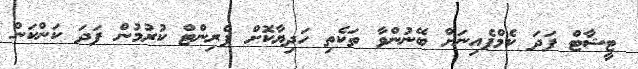
ޓީޝާޓް ފަދަ ކެމްޕެއިނަށް ބޭނުންވާ ތަކެތި ހަދިޔާކޮށް ޕްރިންޓް ކުރުމުން ފަދަ ކަންކަން